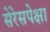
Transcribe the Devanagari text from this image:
सेरेसपेक्षा